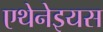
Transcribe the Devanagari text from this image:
एथेनेइयस